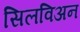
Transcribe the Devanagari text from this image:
सिलविअन